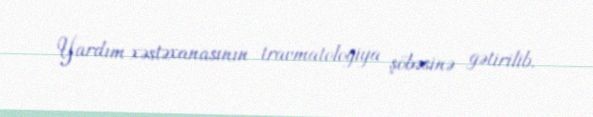
Yardım xəstəxanasının travmatologiya şöbəsinə gətirilib.